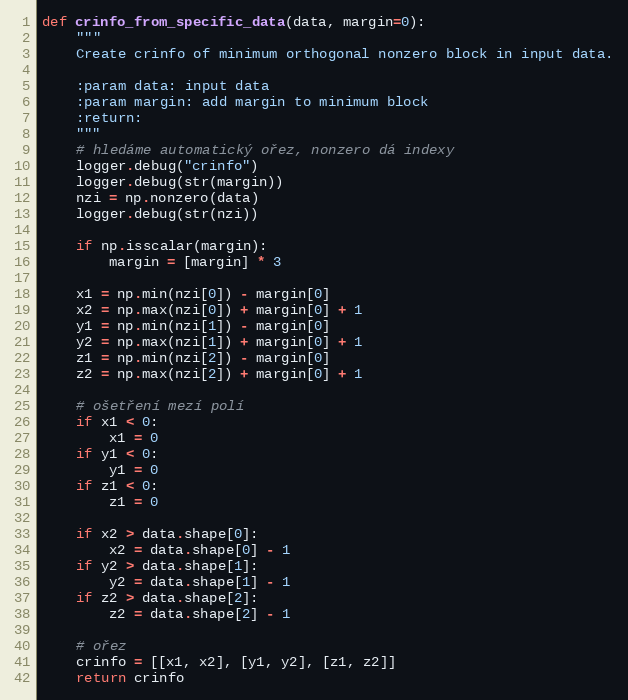
Language: Python
def crinfo_from_specific_data(data, margin=0):
    """
    Create crinfo of minimum orthogonal nonzero block in input data.

    :param data: input data
    :param margin: add margin to minimum block
    :return:
    """
    # hledáme automatický ořez, nonzero dá indexy
    logger.debug("crinfo")
    logger.debug(str(margin))
    nzi = np.nonzero(data)
    logger.debug(str(nzi))

    if np.isscalar(margin):
        margin = [margin] * 3

    x1 = np.min(nzi[0]) - margin[0]
    x2 = np.max(nzi[0]) + margin[0] + 1
    y1 = np.min(nzi[1]) - margin[0]
    y2 = np.max(nzi[1]) + margin[0] + 1
    z1 = np.min(nzi[2]) - margin[0]
    z2 = np.max(nzi[2]) + margin[0] + 1

    # ošetření mezí polí
    if x1 < 0:
        x1 = 0
    if y1 < 0:
        y1 = 0
    if z1 < 0:
        z1 = 0

    if x2 > data.shape[0]:
        x2 = data.shape[0] - 1
    if y2 > data.shape[1]:
        y2 = data.shape[1] - 1
    if z2 > data.shape[2]:
        z2 = data.shape[2] - 1

    # ořez
    crinfo = [[x1, x2], [y1, y2], [z1, z2]]
    return crinfo